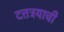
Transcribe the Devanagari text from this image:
दत्तत्रयाची